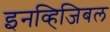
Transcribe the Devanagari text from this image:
इनव्हिजिबल